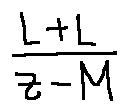
\frac { L + L } { z - M }